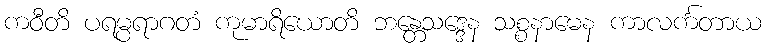
ကဝီတိ ပရမ္ပရာဂတံ ကုမာရိယောတိ ဘန္တေသဒ္ဒေန သစ္စနာမေန ကာလင်္ကတာယ